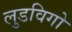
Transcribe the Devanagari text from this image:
लुडविगो